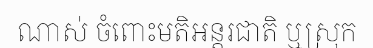
ណាស់ ចំពោះមតិអន្តរជាតិ ឬស្រុក